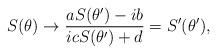
LaTeX: \begin{align*}S(\theta) \rightarrow \frac{aS(\theta ')-ib}{icS(\theta ') + d} = S'(\theta'),\end{align*}